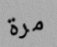
مرة